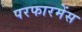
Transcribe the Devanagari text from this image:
परफारमेंस